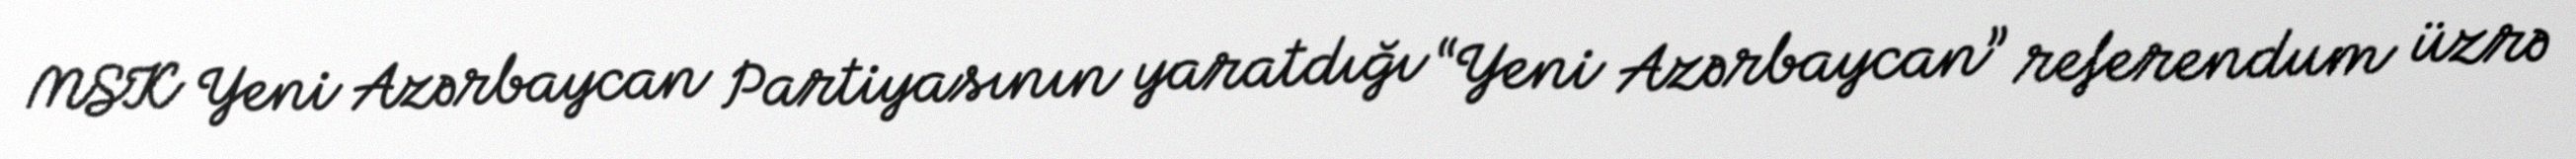
MSK Yeni Azərbaycan Partiyasının yaratdığı “Yeni Azərbaycan” referendum üzrə